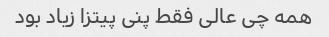
همه چی عالی فقط پنی پیتزا زیاد بود